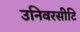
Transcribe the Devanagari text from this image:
उनिवरसीटि